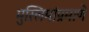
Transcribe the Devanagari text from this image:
मुस्लिमांप्रमाणे